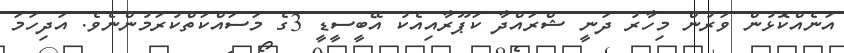
އަނެއްކޮޅުން ވަރުން މިހާރު ދަނީ ޝްރައްދާ ކަޕޫރާއިއެކު އޭބީސީޑީ 3ގެ މަސައްކަތްކުރަމުންނެވެ. އަދިހަމަ